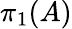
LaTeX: \pi_{1}(A)